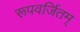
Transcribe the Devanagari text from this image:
रूपवर्जितम्